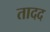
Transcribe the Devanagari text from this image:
तादद